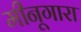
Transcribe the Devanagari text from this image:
मीनूगारा